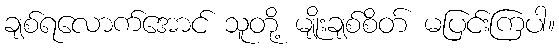
ချစ်ရလောက်အောင် သူတို့ မျိုးချစ်စိတ် မပြင်းကြပါ။